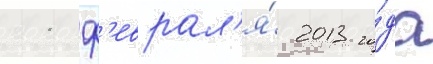
11 ф'еврал'я́ 2013 го́да